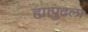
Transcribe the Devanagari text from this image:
ह्यापुढला